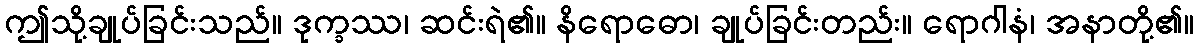
ဤသို့ချုပ်ခြင်းသည်။ ဒုက္ခဿ၊ ဆင်းရဲ၏။ နိရောဓော၊ ချုပ်ခြင်းတည်း။ ရောဂါနံ၊ အနာတို့၏။